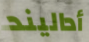
أداليند